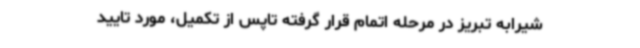
شیرابه تبریز در مرحله اتمام قرار گرفته تاپس از تکمیل، مورد تایید